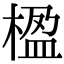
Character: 楹